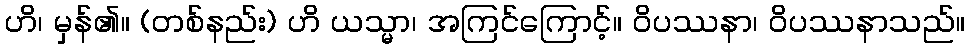
ဟိ၊ မှန်၏။ (တစ်နည်း) ဟိ ယသ္မာ၊ အကြင်ကြောင့်။ ဝိပဿနာ၊ ဝိပဿနာသည်။